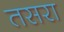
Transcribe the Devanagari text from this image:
तसरा